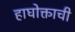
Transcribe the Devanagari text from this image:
हाघोक्ताची